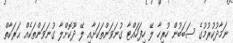
ނަމާދުކުރުމުގެ ސަބަބުން ހުރިހާ ލޭ ހިފަހައްޓާ ގުނަވަންތަކަށާއި ލޭ ދޫކޮށްލާ ގުނަވަންތަކެއް ޙަރަކާތް